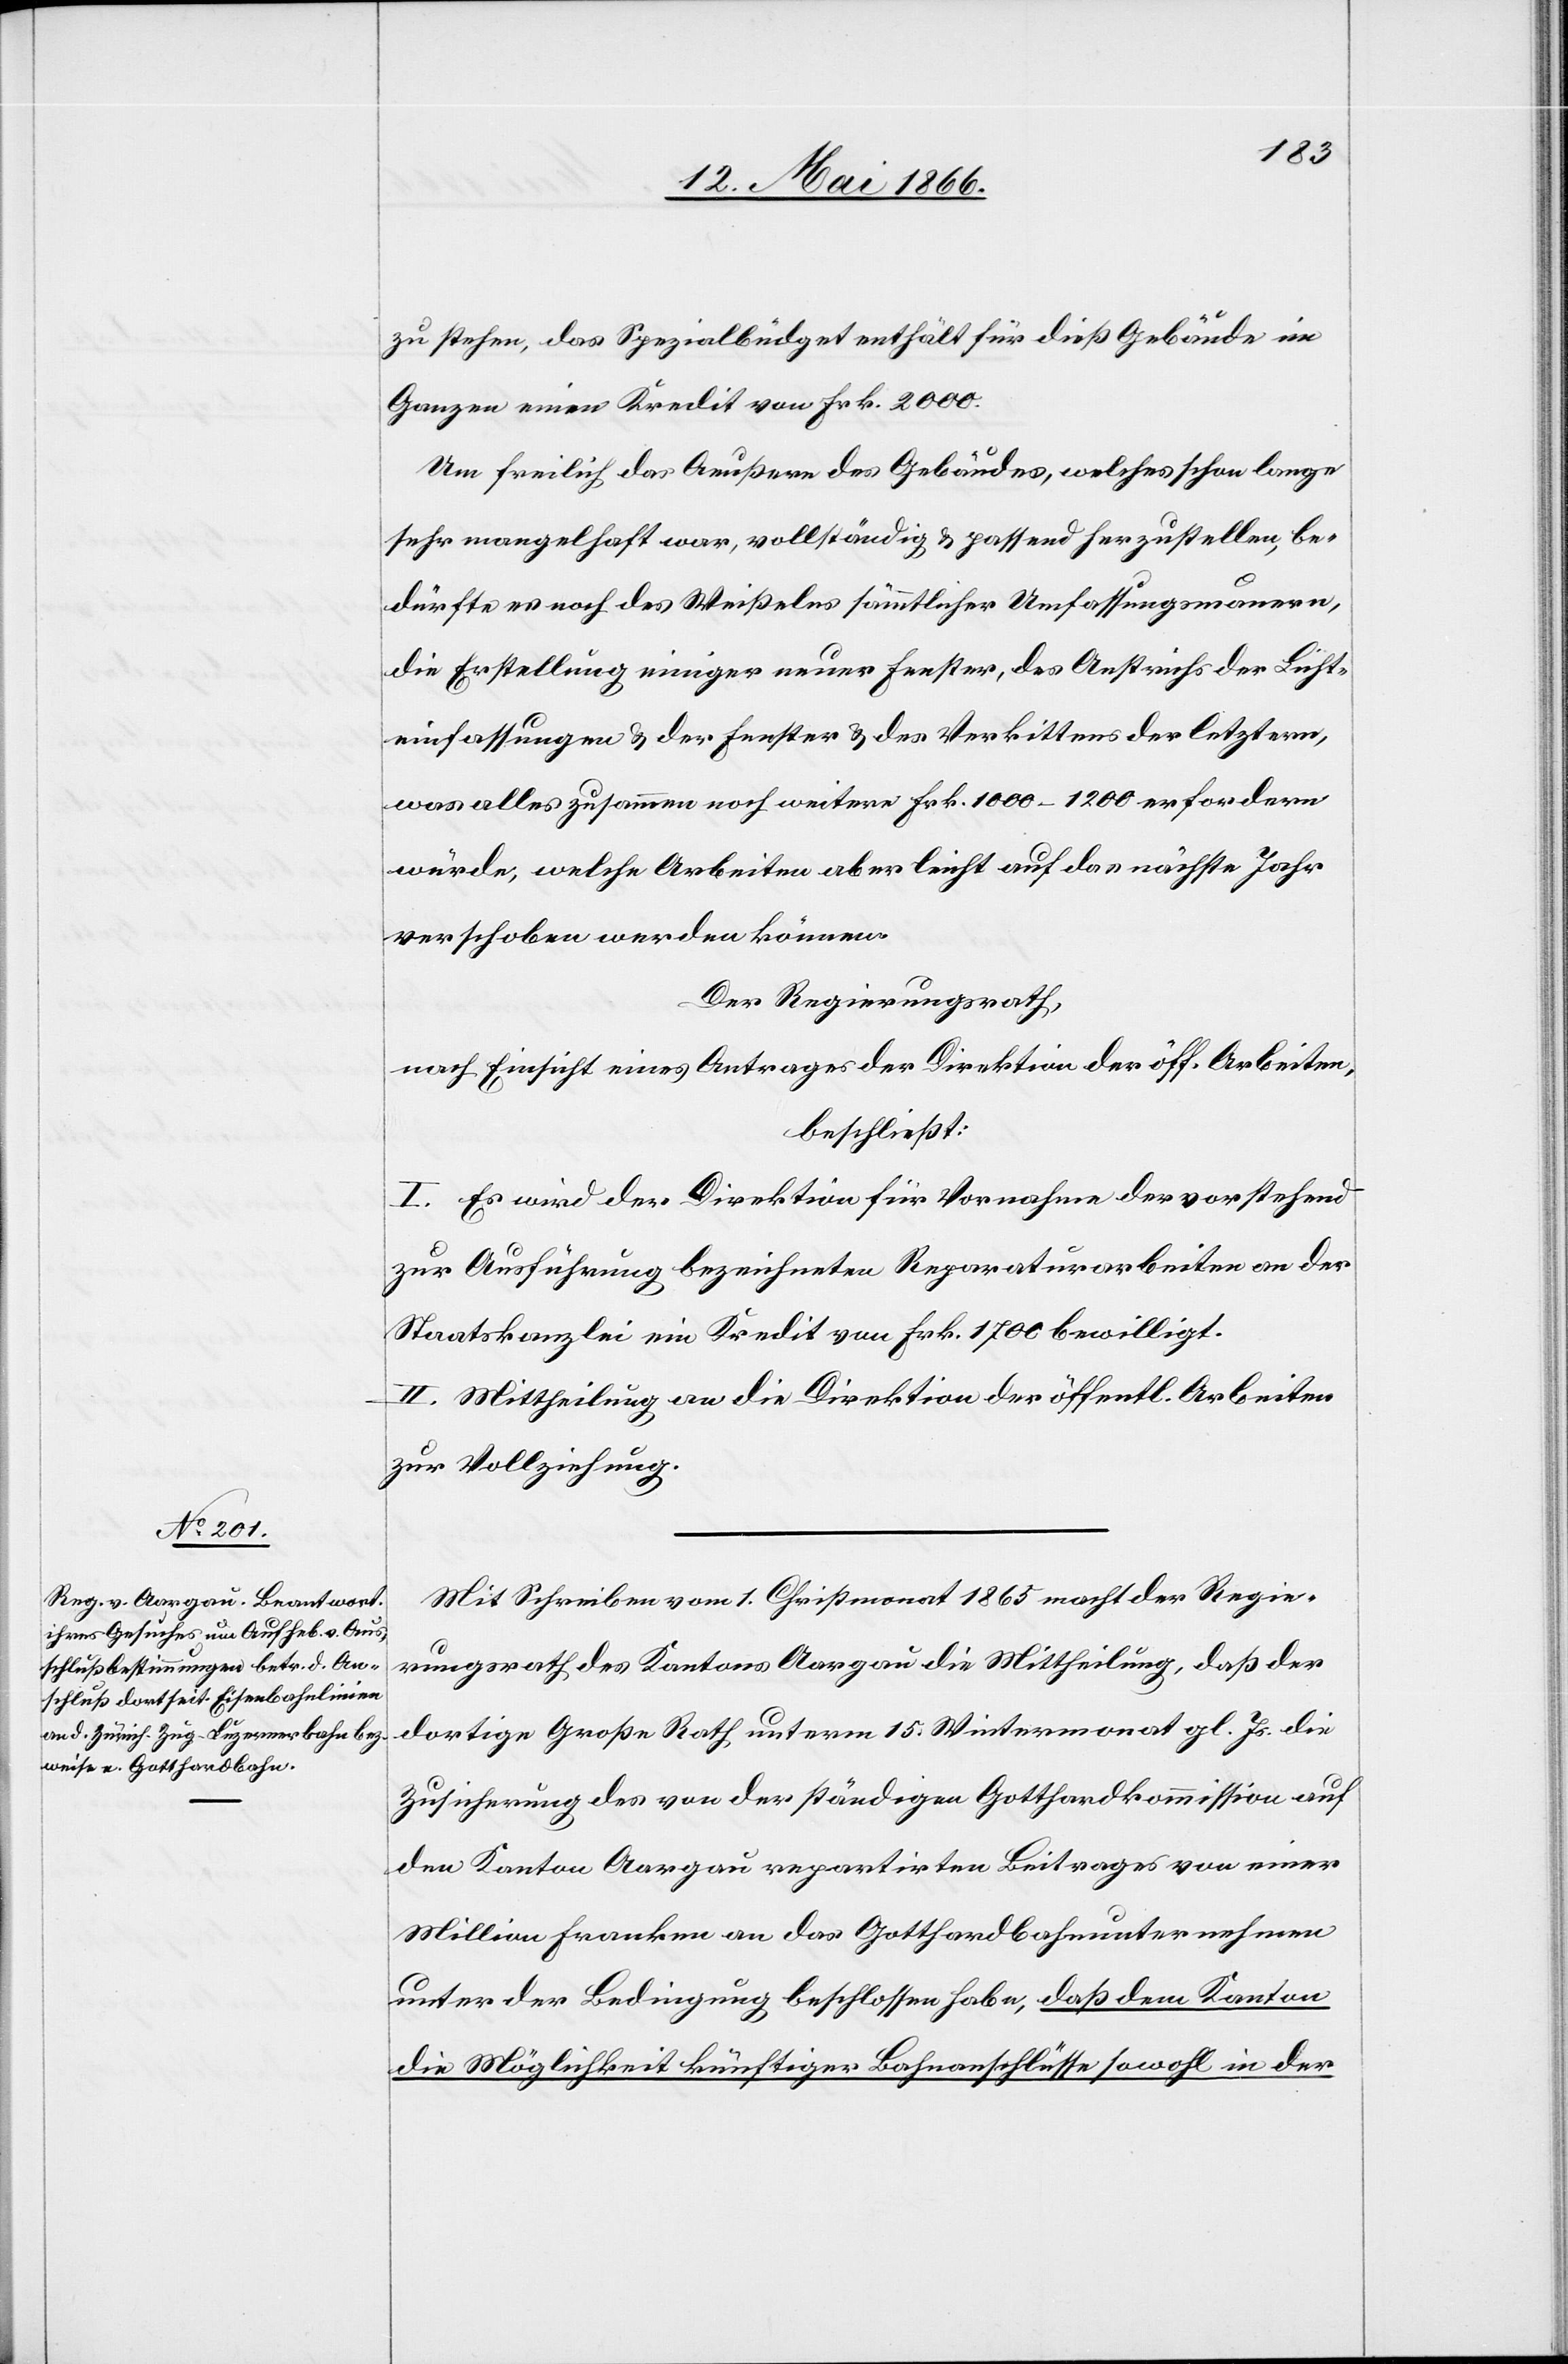
zu stehen, das Spezialbudget enthält für dieß Gebäude im
Ganzen einen Kredit von Frk. 2000.
Um freilich das Aeußere des Gebäudes, welches schon lange
sehr mangelhaft war, vollständig u. passend herzustellen, be¬
dürfte es noch des Weißelns sämmtlicher Umfassungsmauern,
die Erstellung einiger neuer Fenster, des Anstrichs der Lüft¬
einfassungen u. der Fenster u. des Verkittens der letztern,
was alles zusammen noch weitere Frk. 1000–1200 erfordern
würde, welche Arbeiten aber leicht auf das nächste Jahr
verschoben werden können.
Der Regierungsrath,
nach Einsicht eines Antrages der Direktion der öff. Arbeiten,
beschließt:
I. Es wird der Direktion für Vornahme der vorstehend
zur Ausführung bezeichneten Reparaturen an der
Staatskanzlei ein Kredit von Frk. 1700 bewilligt.
II. Mittheilung an die Direktion der öffentl. Arbeiten
zur Vollziehung.